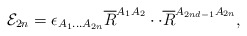
\begin{align*}{\cal E}_{2n}=\epsilon _{A_{1}...A_{2n}}\overline{R}^{A_{1}A_{2}}\cdot \cdot \overline{R}^{A_{2nd-1}A_{2n}}, \end{align*}